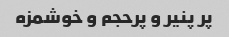
پر پنیر و پرحجم و خوشمزه